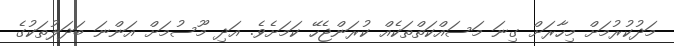
މަދުކުރުމަށް މިހާރަށް ގިނަ މަސައްކަތްތަކެއް ކުރަންޖެހޭ ކަމަށެވެ. އަދި މޫސުމަށް އަންނަ ބަދަލުތަކުގެ